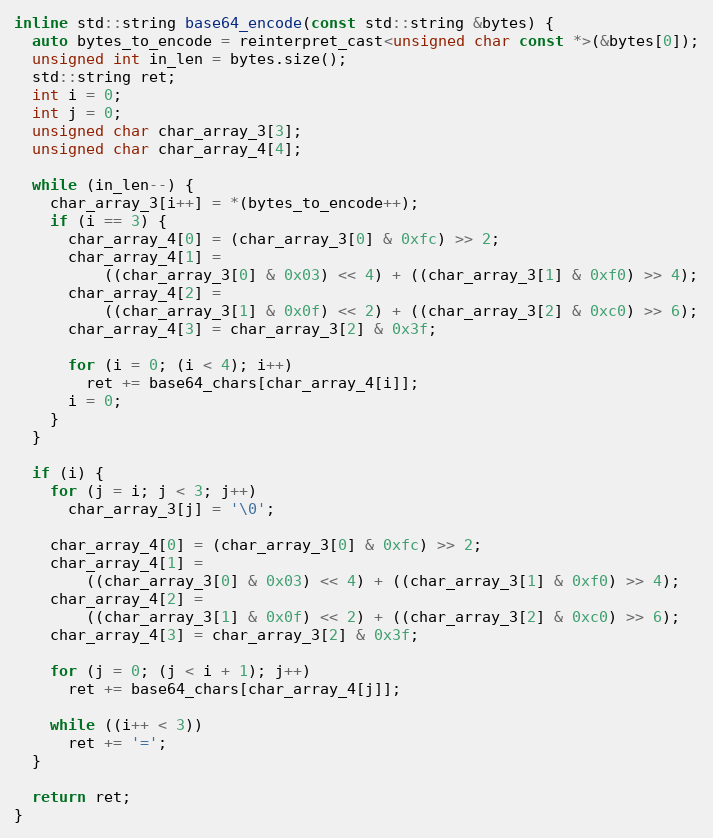
Language: C
inline std::string base64_encode(const std::string &bytes) {
  auto bytes_to_encode = reinterpret_cast<unsigned char const *>(&bytes[0]);
  unsigned int in_len = bytes.size();
  std::string ret;
  int i = 0;
  int j = 0;
  unsigned char char_array_3[3];
  unsigned char char_array_4[4];

  while (in_len--) {
    char_array_3[i++] = *(bytes_to_encode++);
    if (i == 3) {
      char_array_4[0] = (char_array_3[0] & 0xfc) >> 2;
      char_array_4[1] =
          ((char_array_3[0] & 0x03) << 4) + ((char_array_3[1] & 0xf0) >> 4);
      char_array_4[2] =
          ((char_array_3[1] & 0x0f) << 2) + ((char_array_3[2] & 0xc0) >> 6);
      char_array_4[3] = char_array_3[2] & 0x3f;

      for (i = 0; (i < 4); i++)
        ret += base64_chars[char_array_4[i]];
      i = 0;
    }
  }

  if (i) {
    for (j = i; j < 3; j++)
      char_array_3[j] = '\0';

    char_array_4[0] = (char_array_3[0] & 0xfc) >> 2;
    char_array_4[1] =
        ((char_array_3[0] & 0x03) << 4) + ((char_array_3[1] & 0xf0) >> 4);
    char_array_4[2] =
        ((char_array_3[1] & 0x0f) << 2) + ((char_array_3[2] & 0xc0) >> 6);
    char_array_4[3] = char_array_3[2] & 0x3f;

    for (j = 0; (j < i + 1); j++)
      ret += base64_chars[char_array_4[j]];

    while ((i++ < 3))
      ret += '=';
  }

  return ret;
}